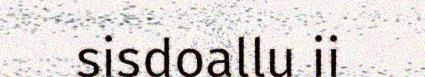
sisdoallu ii